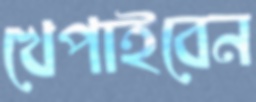
খেপাইবেন